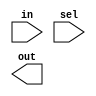
module array_mux (in,sel,out);
input [3:0]in;
input sel;
output [3:0]out;
assign f=sel?a:b;
endmodule